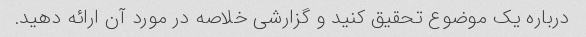
درباره یک موضوع تحقیق کنید و گزارشی خلاصه در مورد آن ارائه دهید.